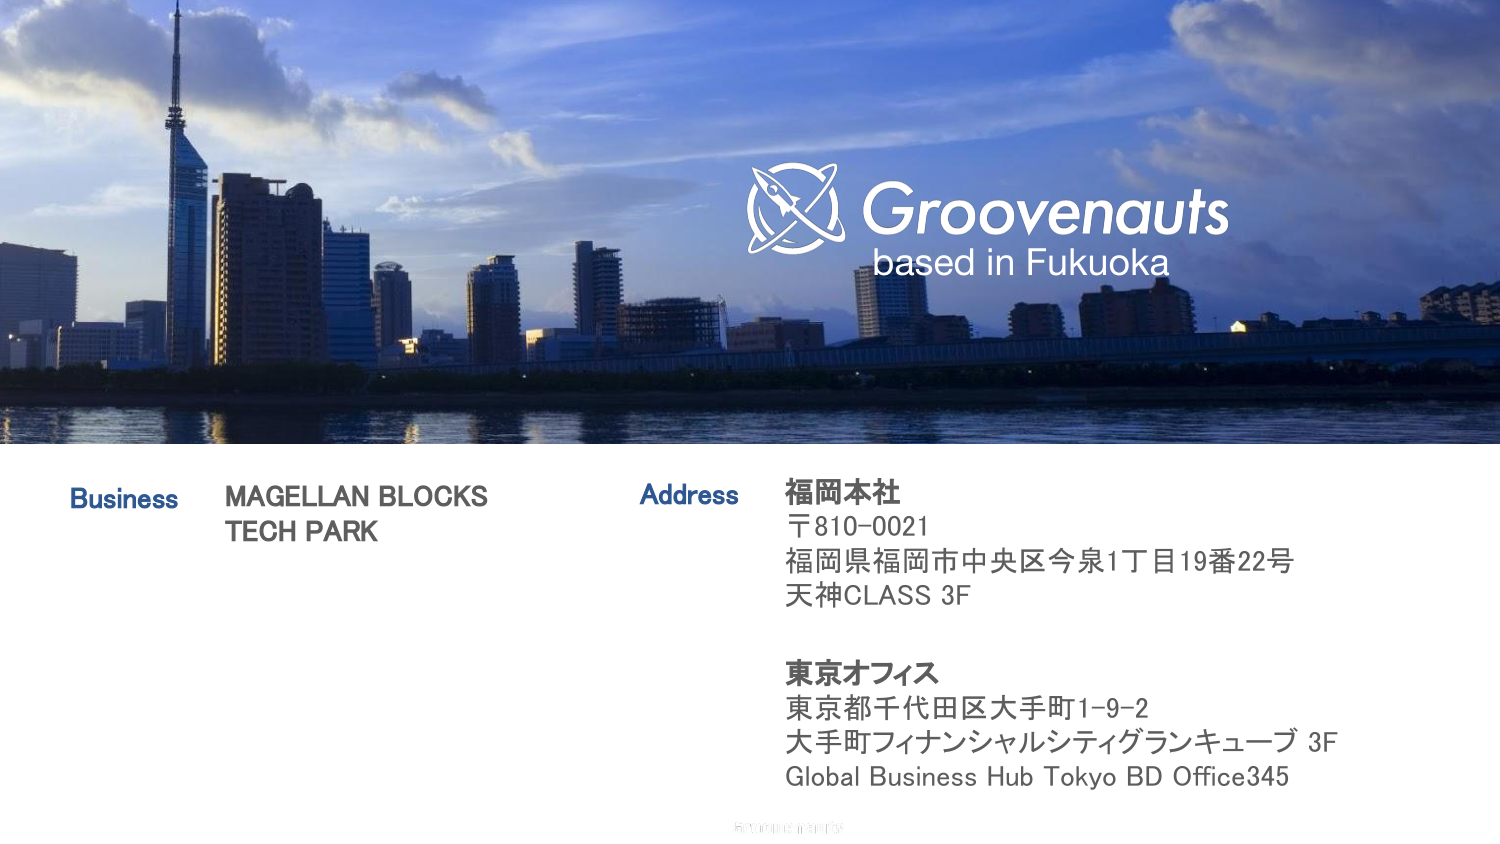
Groovenauts
based in Fukuoka

Business
MAGELLAN BLOCKS
TECH PARK

Address
福岡本社
〒810-0021
福岡県福岡市中央区今泉1丁目19番22号
天神CLASS 3F

東京オフィス
東京都千代田区大手町1-9-2
大手町フィナンシャルシティグランキューブ 3F
Global Business Hub Tokyo BD Office345

© Groovenauts. All rights reserved.